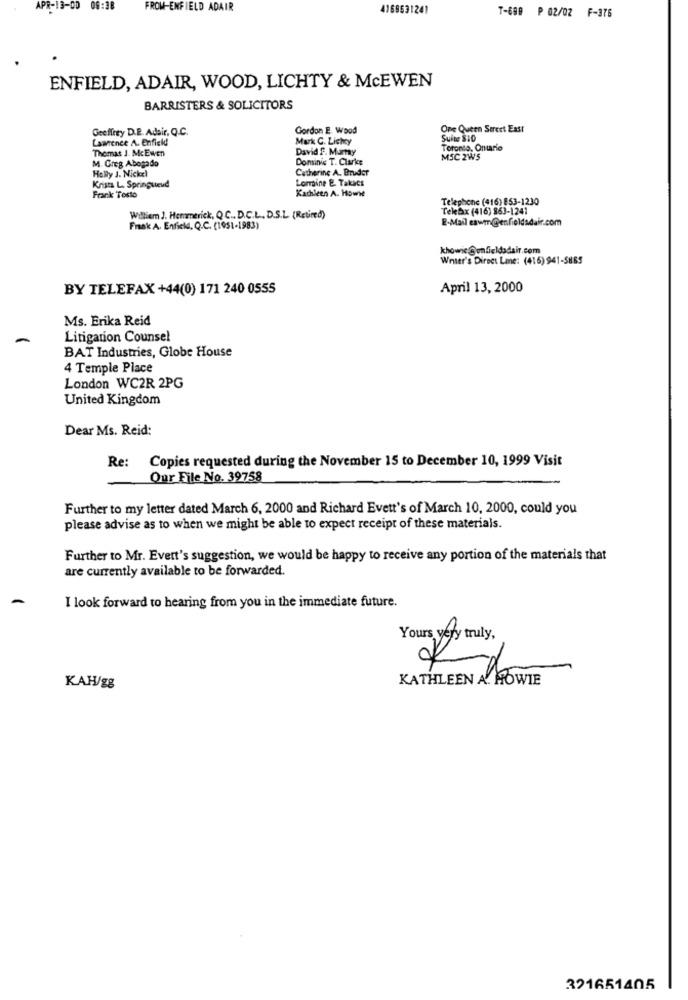
APR-13-00
09:38
FROM-ENFIELD ADAIR
4168531241
T-699 ₱ 02/02 F-376
ENFIELD, ADAIR, WOOD, LICHTY & MCEWEN
BARRISTERS & SOLICITORS
Geeffrey D.B. Adair, Q.C.
Gordon E. Wood
One Queen Street East
Lawrence A. Enfield
Mark C. Lichey
Suite $10
David f. Mamy
Toronto, Ontario
Thomas J. Mc Ewen
M. Greg Abogado
Dominic T. Clarke
MSC 2WS
Holly J. Nickel
Catherine A. Bruder
Lorraine &. Takacs
Krista L. Springuteud
Kathleen A. Howwe
Frank Testo
Telephone (416) 853-1230
Telebx (416) 863-1241
William J. Hemmerick, QC. D.C.L. D.S.L. (Retired)
E-Mail eswm@enfieldsdair.com
Fraak A. Enfield, Q.C. (1951-1983)
khowie @unfieldadair.com
Winter's Direct Lme: (416) 941-5865
BY TELEFAX +44(0) 171 240 0555
April 13, 2000
Ms. Erika Reid
-
Litigation Counsel
BAT Industries, Globe House
4 Temple Place
London WC2R 2PG
United Kingdom
Dear Ms. Reid:
Re: Copies requested during the November 15 to December 10, 1999 Visit
Our File No. 39758
Further to my letter dated March 6, 2000 and Richard Evett's of March 10, 2000, could you
please advise as to when we might be able to expect receipt of these materials.
Further to Mr. Evert's suggestion, we would be happy to receive any portion of the materials that
are currently available to be forwarded.
I look forward to hearing from you in the immediate future.
Yours very truly,
KATHLEEN A. HOWIE
KAH/gg
321651405